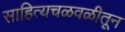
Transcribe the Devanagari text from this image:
साहित्यचळवळीतून